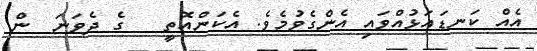
އެއް ކަނޑައަޅުއްވައި އެންގެވުމެވެ. އެކަންއޮތީ   ގެ ދެވަނަ  ން